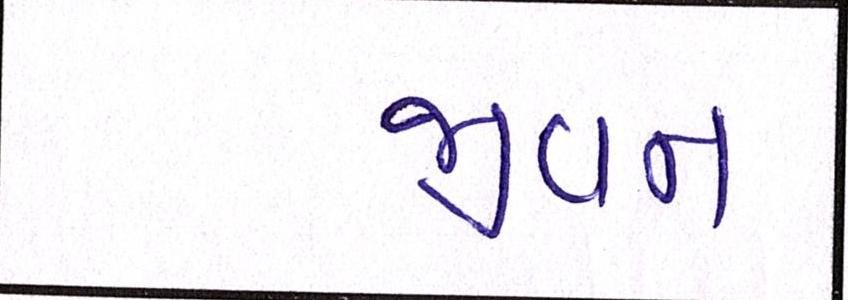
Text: જીવન